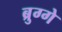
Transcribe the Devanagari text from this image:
ब्रुग्गे